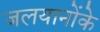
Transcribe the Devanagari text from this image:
जलयानोंके